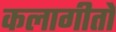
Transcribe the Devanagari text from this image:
कलागीतों